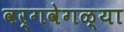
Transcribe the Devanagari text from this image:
वर्गवेगळ्या